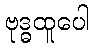
ဗုဒ္ဓထူပေါ